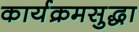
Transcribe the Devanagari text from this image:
कार्यक्रमसुद्धा